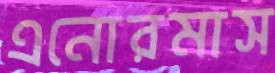
এনোরমাস